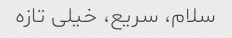
سلام، سریع، خیلی تازه